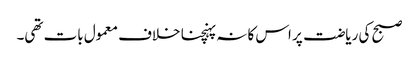
صبح کی ریاضت پر اس کا نہ پہنچنا خلاف معمول بات تھی۔